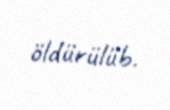
öldürülüb.